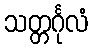
သတ္တင်္ဂုလံ